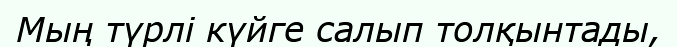
Мың түрлі күйге салып толқынтады,